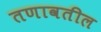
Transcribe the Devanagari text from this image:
तणावतील